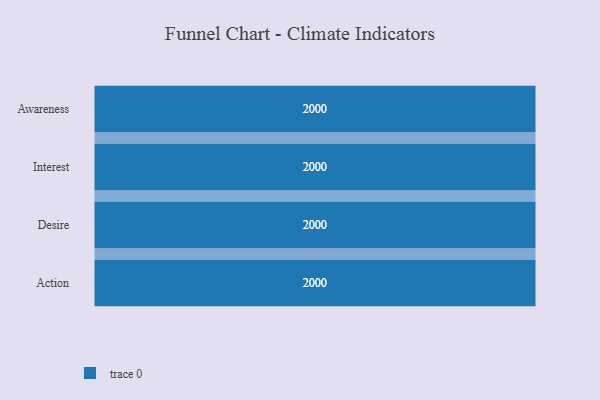
{"axis": {"x": "Stage", "y": "Value"}, "legend": [""], "data": [{"x": "Awareness", "y": 2000, "type": ""}, {"x": "Interest", "y": 2000, "type": ""}, {"x": "Desire", "y": 2000, "type": ""}, {"x": "Action", "y": 2000, "type": ""}]}